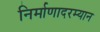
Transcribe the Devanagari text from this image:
निर्माणादरम्यान